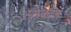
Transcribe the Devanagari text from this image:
सीमैक्कस